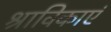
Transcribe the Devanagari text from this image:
श्राविकाएं